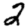
Digit: 2